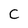
Character: C